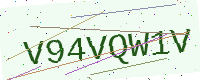
Text: V94VQW1V